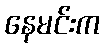
နေမင်းက